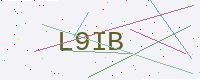
Text: L9IB